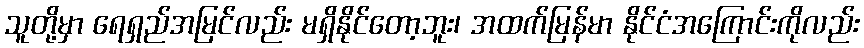
သူတို့မှာ ရေရှည်အမြင်လည်း မရှိနိုင်တော့ဘူး၊ အထက်မြန်မာ နိုင်ငံအကြောင်းကိုလည်း